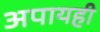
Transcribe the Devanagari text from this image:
अपायही